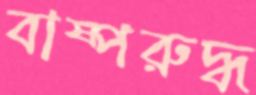
বাষ্পরুদ্ধ